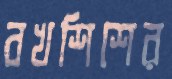
বখশিশের